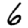
Digit: 6